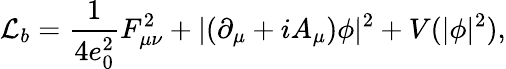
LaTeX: {\cal L}_{b}=\frac{1}{4e_{0}^{2}}F_{\mu\nu}^{2}+|(\partial_{\mu}+iA_{\mu})\phi|^{2}+V(|\phi|^{2}),